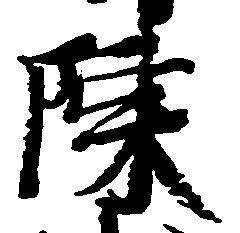
陳